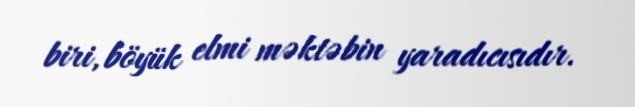
biri, böyük elmi məktəbin yaradıcısıdır.